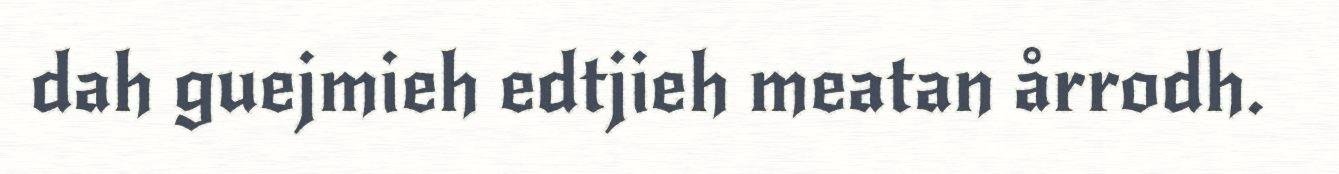
dah guejmieh edtjieh meatan årrodh.